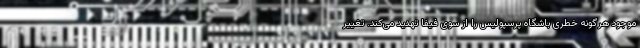
موجود هرگونه خطری باشگاه پرسپولیس را از سوی فیفا تهدید می‌کند. تغییر